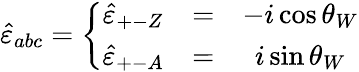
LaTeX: \hat{\varepsilon}_{abc}=\left\{ \begin{array}{ccc}{{\hat{\varepsilon}_{+-Z}}}&{{=}}&{{-i\cos\theta_{W}}}\\ {{\hat{\varepsilon}_{+-A}}}&{{=}}&{{i\sin\theta_{W}}}\end{array}\right.